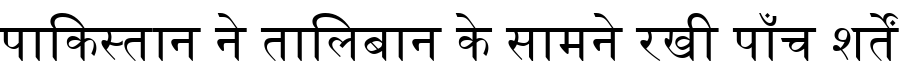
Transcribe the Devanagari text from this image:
पाकिस्तान ने तालिबान के सामने रखी पाँच शर्तें